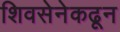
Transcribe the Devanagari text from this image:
शिवसेनेकढून